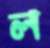
ল